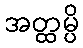
အတ္ထမ္ပိ